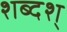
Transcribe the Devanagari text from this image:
शब्दश्